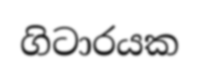
ගිටාරයක